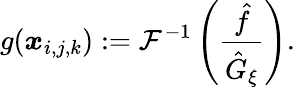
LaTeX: g(\boldsymbol x_{i,j,k}):=\mathcal{F}^{-1}\left(\frac{\hat{f}}{\hat{G}_{\xi}}\right).